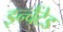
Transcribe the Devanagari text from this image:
इन्चैंटेड